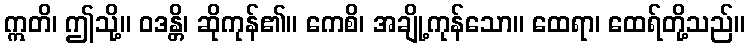
ဣတိ၊ ဤသို့။ ဝဒန္တိ၊ ဆိုကုန်၏။ ကေစိ၊ အချို့ကုန်သော။ ထေရာ၊ ထေရ်တို့သည်။